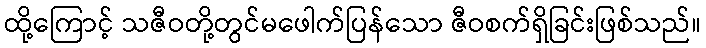
ထို့ကြောင့် သဇီဝတို့တွင်မဖေါက်ပြန်သော ဇီဝစက်ရှိခြင်းဖြစ်သည်။